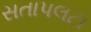
સતાપલટા